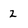
Character: 2